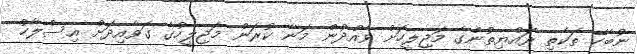
ނުބެހޭ ތަކެތި ރައްޔިތުންގެ މަޖިލީހަށް ވެއްދުން މަނާ ކުރަން މަޖިލީހުގެ ގަވާއިދަށް އިސްލާހު